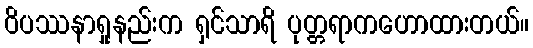
ဝိပဿနာရှုနည်းက ရှင်သာရိ ပုတ္တရာကဟောထားတယ်။